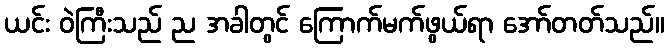
ယင်း ဝဲကြီးသည် ည အခါတွင် ကြောက်မက်ဖွယ်ရာ အော်တတ်သည်။